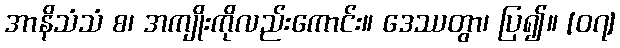
အာနိသံသံ စ၊ အကျိုးကိုလည်းကောင်း။ ဒေဿတွာ၊ ပြ၍။ [၀၇]